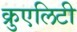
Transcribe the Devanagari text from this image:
क्रुएलिटी